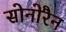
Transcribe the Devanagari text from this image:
सोनोरैन